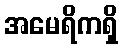
အမေရိကရှိ